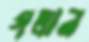
গলান